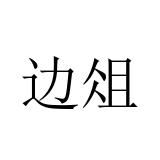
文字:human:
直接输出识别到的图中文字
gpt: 边俎